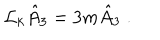
LaTeX: \mathcal { L } _ { k } \hat { A } _ { 3 } = 3 m \hat { A } _ { 3 } \; .